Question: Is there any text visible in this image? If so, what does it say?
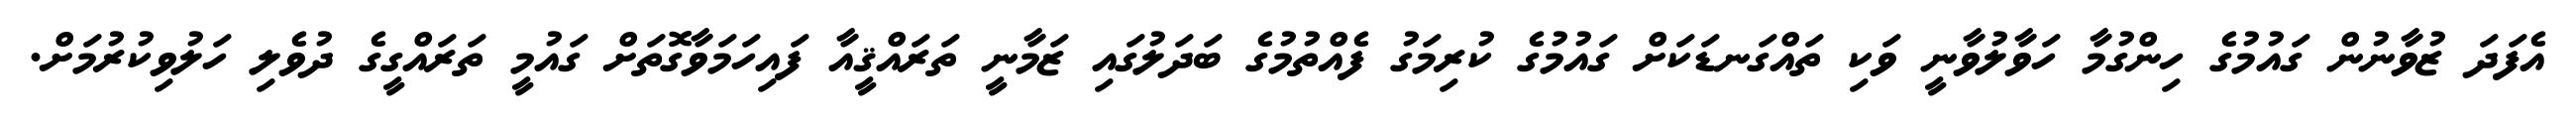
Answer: އެފަދަ ޒުވާނުން ގައުމުގެ ހިންގުމާ ހަވާލުވާނީ ވަކި ތައްގަނޑަކަށް ގައުމުގެ ކުރިމަގު ފެއްތުމުގެ ބަދަލުގައި ޒަމާނީ ތަރައްޤީއާ ފައިހަމަވާގޮތަށް ގައުމީ ތަރައްގީގެ ދުވެލި ހަލުވިކުރުމަށް.